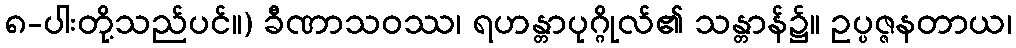
၈-ပါးတို့သည်ပင်။) ခီဏာသဝဿ၊ ရဟန္တာပုဂ္ဂိုလ်၏ သန္တာန်၌။ ဥပ္ပဇ္ဇနတာယ၊